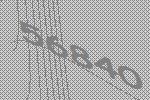
56840